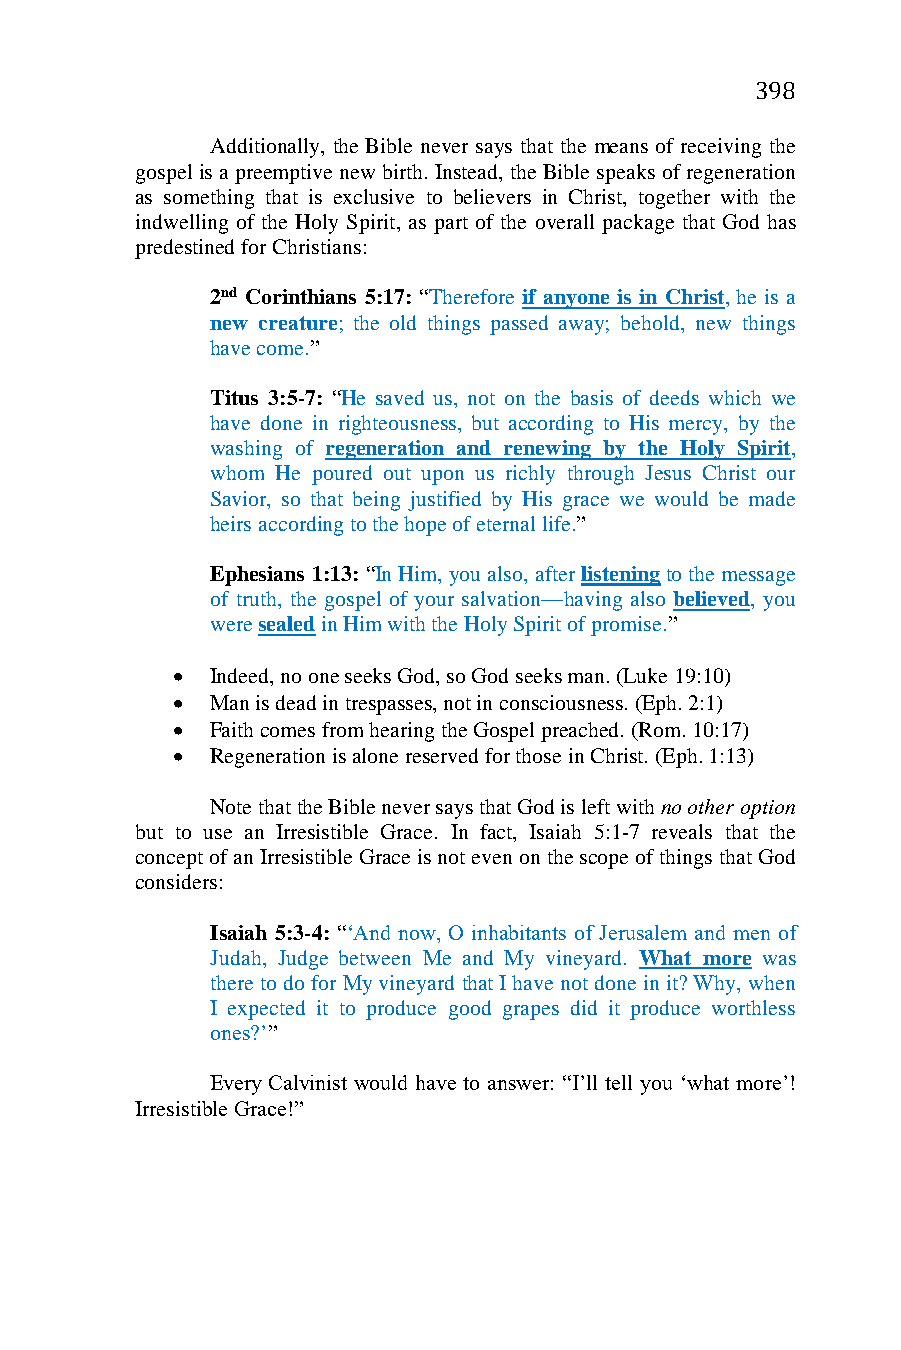
398
 Additionally, the Bible never says that the means of receiving the
 gospel is a preemptive new birth. Instead, the Bible speaks of regeneration
 as something that is exclusive to believers in Christ, together with the
 indwelling of the Holy Spirit, as part of the overall package that God has
 predestined for Christians:
 2nd Corinthians 5:17: “Therefore if anyone is in Christ, he is a
 new creature; the old things passed away; behold, new things
 have come.”
 Titus 3:5-7: “He saved us, not on the basis of deeds which we
 have done in righteousness, but according to His mercy, by the
 washing of regeneration and renewing by the Holy Spirit,
 whom He poured out upon us richly through Jesus Christ our
 Savior, so that being justified by His grace we would be made
 heirs according to the hope of eternal life.”
 Ephesians 1:13: “In Him, you also, after listening to the message
 of truth, the gospel of your salvation—having also believed, you
 were sealed in Him with the Holy Spirit of promise.”
   Indeed, no one seeks God, so God seeks man. (Luke 19:10)
   Man is dead in trespasses, not in consciousness. (Eph. 2:1)
   Faith comes from hearing the Gospel preached. (Rom. 10:17)
   Regeneration is alone reserved for those in Christ. (Eph. 1:13)
 Note that the Bible never says that God is left with no other option
 but to use an Irresistible Grace. In fact, Isaiah 5:1-7 reveals that the
 concept of an Irresistible Grace is not even on the scope of things that God
 considers:
 Isaiah 5:3-4: “‘And now, O inhabitants of Jerusalem and men of
 Judah, Judge between Me and My vineyard. What more was
 there to do for My vineyard that I have not done in it? Why, when
 I expected it to produce good grapes did it produce worthless
 ones?’”
 Every Calvinist would have to answer: “I’ll tell you ‘what more’!
 Irresistible Grace!”